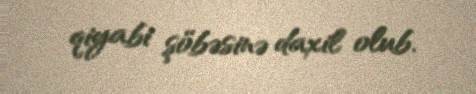
qiyabi şöbəsinə daxil olub.